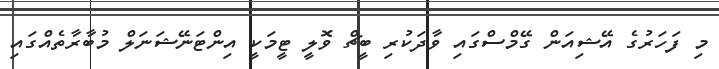
މި ފަހަރުގެ އޭޝިއަން ގޭމްސްގައި ވާދަކުރި ބީޗް ވޮލީ ޓީމަކީ އިންޓަނޭޝަނަލް މުބާރާތެއްގައި